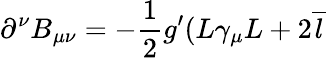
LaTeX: \partial^{\nu}B_{\mu\nu}=-\frac 12g^{\prime}(L\gamma_{\mu}L+2\overline{{{l}}}